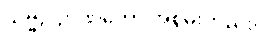
သဗ္ဗဉ် ဉာဏ်တော် အစွမ်းတည်း။